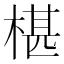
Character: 椹